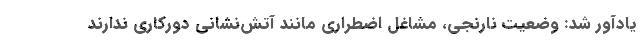
یادآور شد: وضعیت نارنجی، مشاغل اضطراری مانند آتش‌نشانی دورکاری ندارند